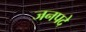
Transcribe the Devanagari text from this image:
जनपदे